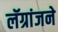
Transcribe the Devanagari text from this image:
लॅग्रांजने